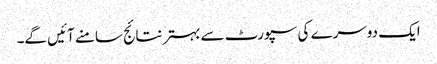
ایک دوسرے کی سپورٹ سے بہترنتائج سامنے آئیں گے۔